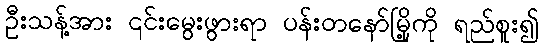
ဦးသန့်အား ၎င်းမွေးဖွားရာ ပန်းတနော်မြို့ကို ရည်စူး၍